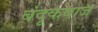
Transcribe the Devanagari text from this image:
बंदूकबाज